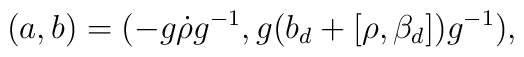
(a,b)=\bigl(-g\dot{\rho}g^{-1},g\bigl(b_d+[\rho,\beta_d]\bigr)g^{-1}\bigr),